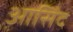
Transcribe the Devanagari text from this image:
आसिंद